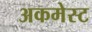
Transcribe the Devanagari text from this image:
अकमेस्ट